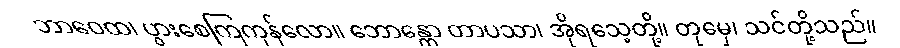
ဘာဝေထ၊ ပွားစေကြကုန်လော။ ဘောန္တော တာပသာ၊ အိုရသေ့တို့။ တုမှေ၊ သင်တို့သည်။